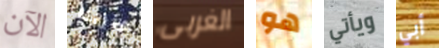
الآن قاربنا الغربى هو ويأتي أبي